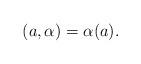
LaTeX: \begin{align*}(a, \alpha) =\alpha(a).\end{align*}